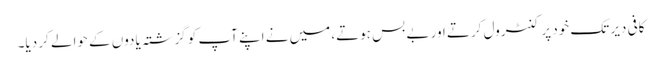
کافی دیر تک خود پر کنٹرول کرتے اور بے بس ہوتے، میں نے اپنے آپ کو گزشتہ یادوں کے حوالے کر دیا۔